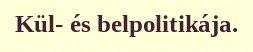
Kül- és belpolitikája.